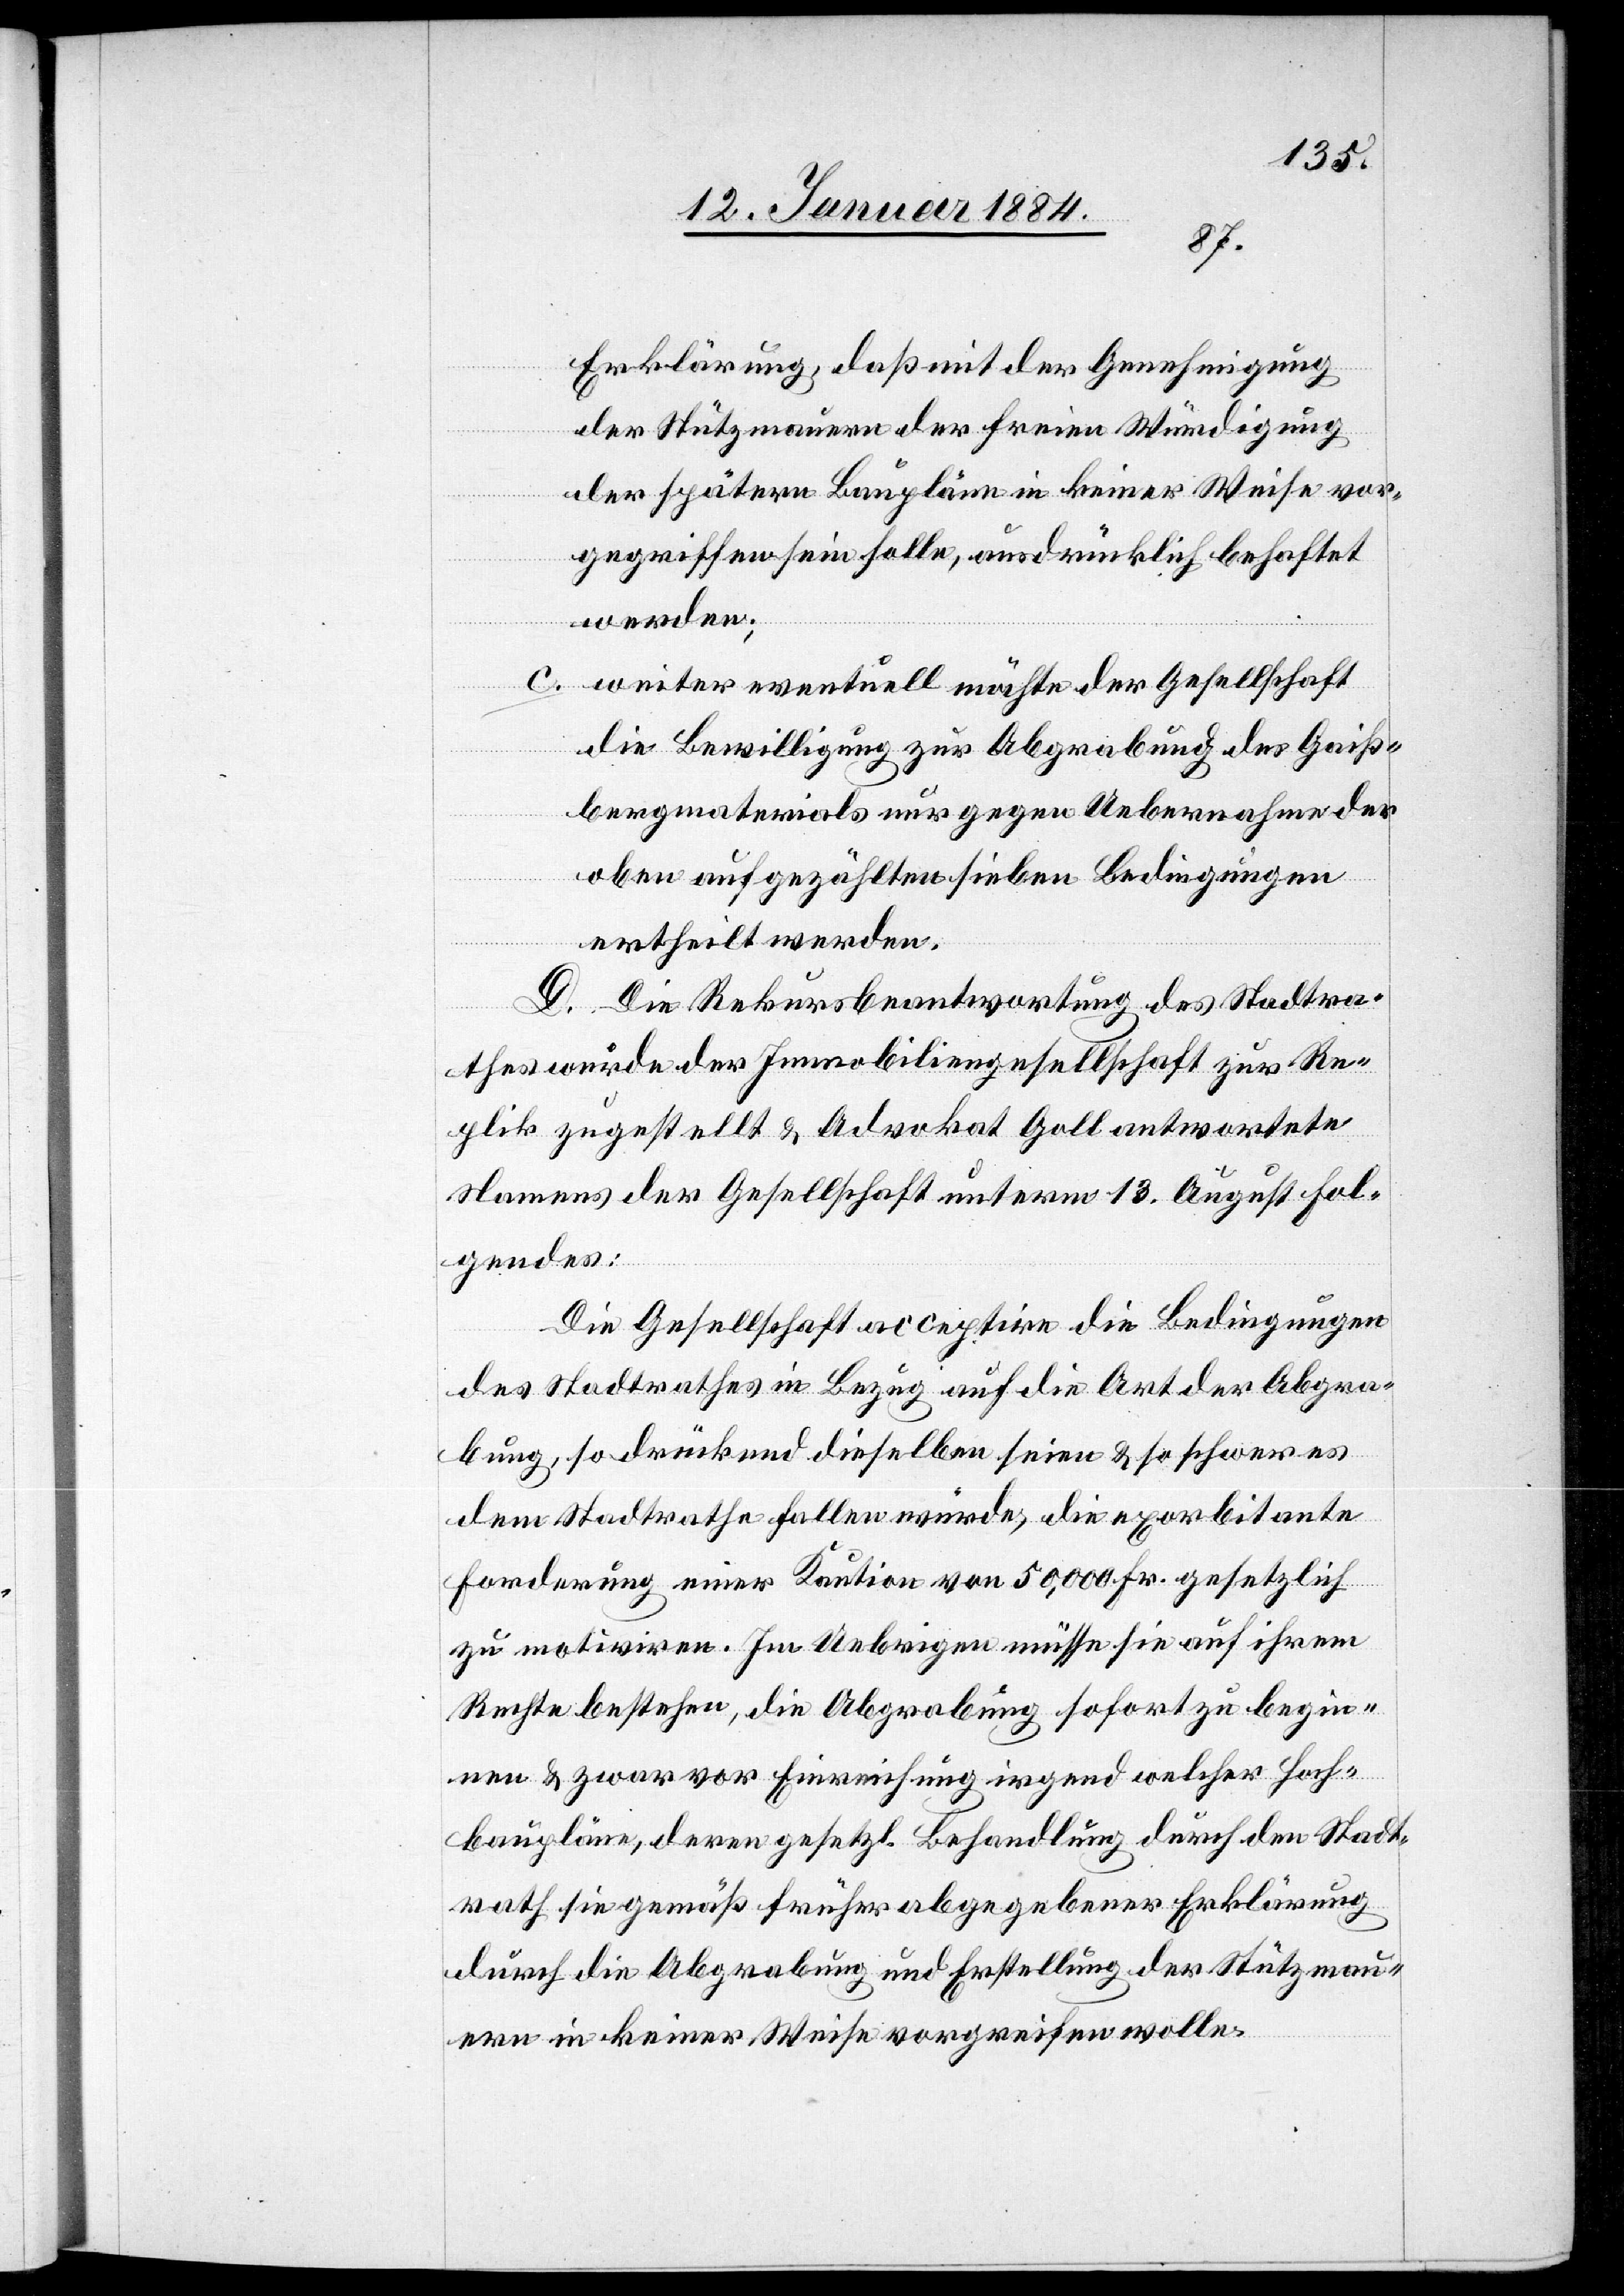
Erklärung, daß mit der Genehmigung
der Stützmauern der freien Würdigung
der spätern Baupläne in keiner Weise vor¬
gegriffen sein solle, ausdrücklich behaftet
werden;
c. weiter eventuell möchte der Gesellschaft
die Bewilligung zur Abgrabung des Gaiß¬
bergmaterials nur gegen Uebernahme der
oben aufgezählten sieben Bedingungen
ertheilt werden.
D. Die Rekursbeantwortung des Stadtra¬
thes wurde der Immobiliengesellschaft zur Re¬
plik zugestellt & Advokat Goll antwortete
Namens der Gesellschaft unterm 13. April Fol¬
gendes:
Die Gesellschaft acceptire die Bedingungen
des Stadtrathes in Bezug auf die Art der Abgra¬
bung, so drückend dieselben seien & schwer es
dem Stadtrathe fallen würde, die exorbitante
Forderung einer Kaution von 50,000 Fr. gesetzlich
zu motiviren. Im Uebrigen müsse sie auf ihrem
Rechte bestehen, die Abgrabung sofort zu begin¬
nen & zwar vor Einreichung irgend welcher Hoch¬
baupläne, deren gesetzl. Behandlung durch den Stadt¬
rath sie gemäß früher abgegebener Erklärung
durch die Abgrabung und Erstellung der Stützmau¬
ern in keiner Weise vorgreifen wolle.